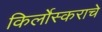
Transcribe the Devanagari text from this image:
किर्लोस्कराचे